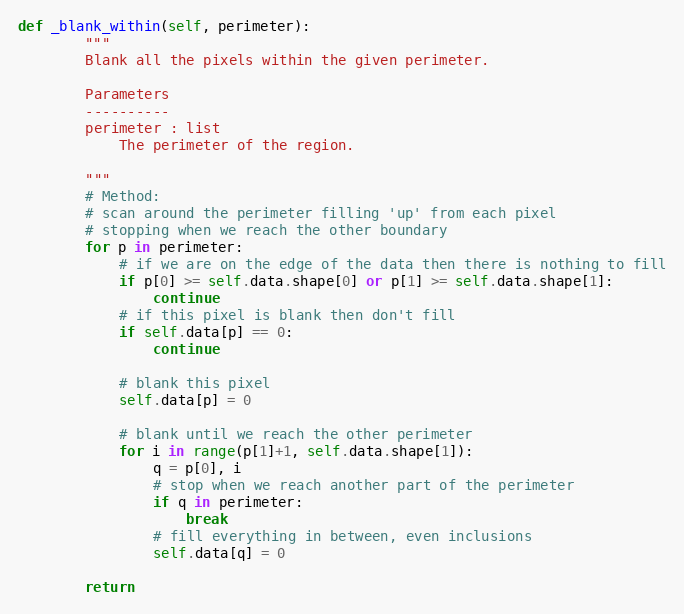
Language: Python
def _blank_within(self, perimeter):
        """
        Blank all the pixels within the given perimeter.

        Parameters
        ----------
        perimeter : list
            The perimeter of the region.

        """
        # Method:
        # scan around the perimeter filling 'up' from each pixel
        # stopping when we reach the other boundary
        for p in perimeter:
            # if we are on the edge of the data then there is nothing to fill
            if p[0] >= self.data.shape[0] or p[1] >= self.data.shape[1]:
                continue
            # if this pixel is blank then don't fill
            if self.data[p] == 0:
                continue

            # blank this pixel
            self.data[p] = 0

            # blank until we reach the other perimeter
            for i in range(p[1]+1, self.data.shape[1]):
                q = p[0], i
                # stop when we reach another part of the perimeter
                if q in perimeter:
                    break
                # fill everything in between, even inclusions
                self.data[q] = 0

        return